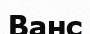
Ванс